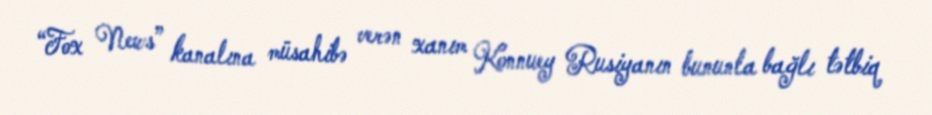
“Fox News” kanalına müsahibə verən xanım Konnuey Rusiyanın bununla bağlı tətbiq